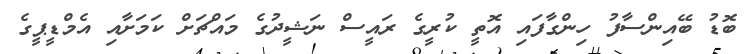
ބޮޑު ބޭއިންސާފު ހިންގާފައި އޮތީ ކުރީގެ ރައީސް ނަޝީދުގެ މައްޗަށް ކަމަށާއި އެމްޑީޕީގެ